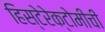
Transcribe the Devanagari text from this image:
हिस्टेरेक्टोमीची